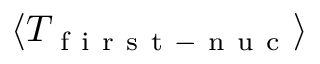
\langle T _ { \mathrm { ~ f ~ i ~ r ~ s ~ t ~ - ~ n ~ u ~ c ~ } } \rangle